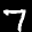
Label: 7